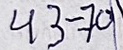
43 - 70